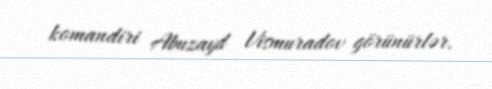
komandiri Abuzayd Vismuradov görünürlər.